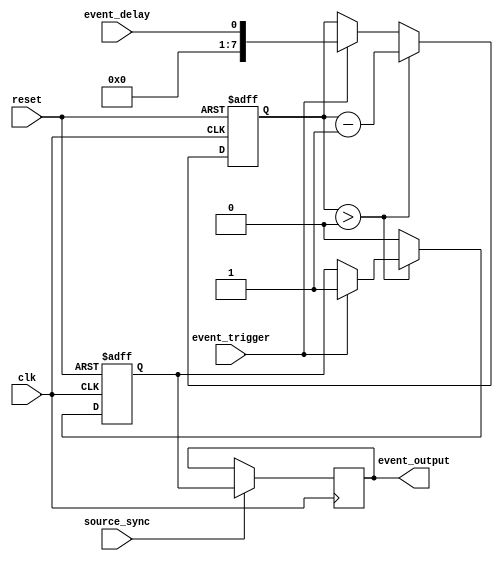
module event_timer (
    input wire clk,
    input wire reset,
    input wire event_trigger,
    input wire event_delay,
    input wire source_sync,
    output reg event_output
);

reg [7:0] countdown;
reg trigger = 1'b0;

always @(posedge clk or posedge reset) begin
    if (reset) begin
        countdown <= 8'b00000000;
        trigger <= 1'b0;
    end else begin
        if (event_trigger) begin
            trigger <= 1'b1;
            countdown <= event_delay;
        end
        if (countdown > 0) begin
            countdown <= countdown - 1;
        end else begin
            trigger <= 1'b0;
        end
    end
end

always @(posedge clk) begin
    if (source_sync) begin
        event_output <= trigger;
    end
end

endmodule